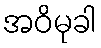
အဝိမုခါ